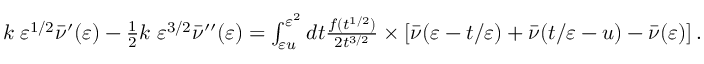
\begin{array} { r } { k \; \varepsilon ^ { 1 / 2 } \bar { \nu } ^ { \prime } ( \varepsilon ) - \frac { 1 } { 2 } k \; \varepsilon ^ { 3 / 2 } \bar { \nu } ^ { \prime \prime } ( \varepsilon ) = \int _ { \varepsilon u } ^ { \varepsilon ^ { 2 } } d t \frac { f ( t ^ { 1 / 2 } ) } { 2 t ^ { 3 / 2 } } \times \left[ \bar { \nu } ( \varepsilon - t / \varepsilon ) + \bar { \nu } ( t / \varepsilon - u ) - \bar { \nu } ( \varepsilon ) \right] . } \end{array}